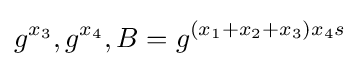
g^{x_{3}},g^{x_{4}},B=g^{(x_{1}+x_{2}+x_{3})x_{4}s}